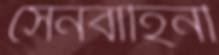
সেনবাহিনী